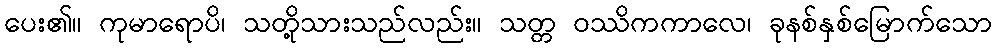
ပေး၏။ ကုမာရောပိ၊ သတို့သားသည်လည်း။ သတ္တ ဝဿိကကာလေ၊ ခုနစ်နှစ်မြောက်သော